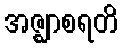
အဇ္ဈာစရတိ